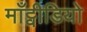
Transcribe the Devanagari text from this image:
माँट्वीडियो